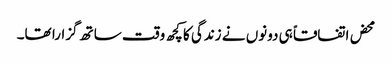
محض اتفاقاً ہی دونوں نے زندگی کا کچھ وقت ساتھ گزارا تھا۔